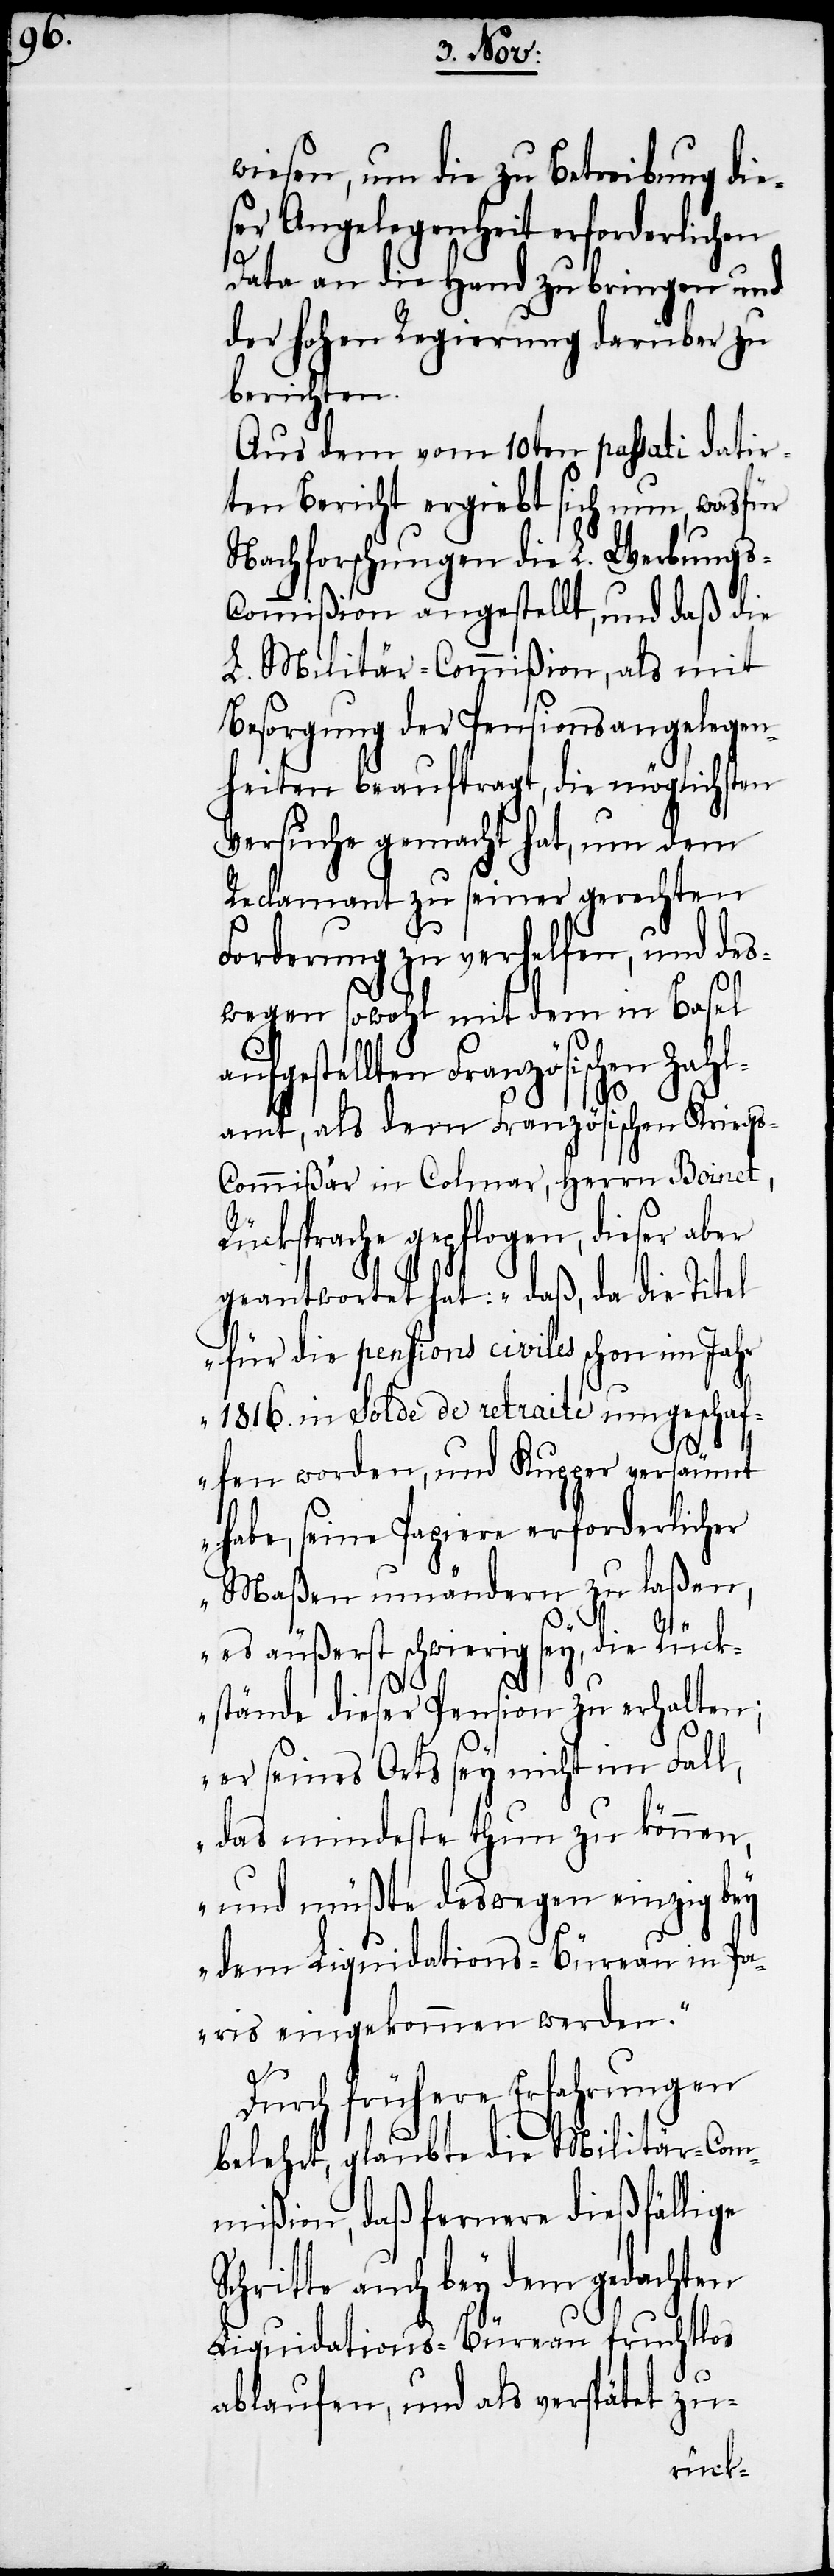
wiesen, um die zu Betreibung die¬
ser Angelegenheit erforderlichen
Data an die Hand zu bringen und
der hohen Regierung darüber zu
berichten.
Aus dem vom 10ten passati datir¬
ten Bericht ergiebt sich nun, wasfür
Nachforschungen die L. Werbungs-C¬
ommißion angestellt, und daß die
L. Militär-Commißion, als mit
Besorgung der Pensionsangelegen¬
heiten beauftragt, die möglichsten
Versuche gemacht hat, um dem
Reclamant zu seiner gerechten
Forderung zu verhelfen, und des¬
wegen sowohl mit dem in Basel
ufgestellten Französischen Zah¬
lamt, als dem Französischen Kriegs-C¬
ommißär in Colmar, Herrn Boinet,
Rücksprache gepflogen, dieser aber
geantwortet hat: „daß, da die Titel
für die pensions civiles schon im Jahr
1816. in solde de retraite umgeschaf¬
S¬
fen worden, und Kupper versäumt
habe, seine Papiere erforderlicher
Maßen umändern zu laßen,
es äußerst schwierig sey, die Rück¬
stände dieser Pension zu erhalten;
er seines Orts sey nicht im Fall,
das mindeste thun zu können,
und müßte deswegen einzig bey
dem Liquidations-Büreau in Pa¬
ris eingekommen werden.“
a¬
Durch frühere Erfahrungen
belehrt, glaubte die Militär-Com¬
mißion, daß fernere dießfällige
chritte auch bey dem gedachten
Liquidations-Büreau fruchtlos
ablaufen, und als verspätet zu-